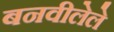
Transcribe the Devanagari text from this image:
बनवीलेले